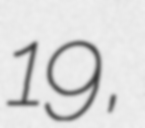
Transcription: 19,